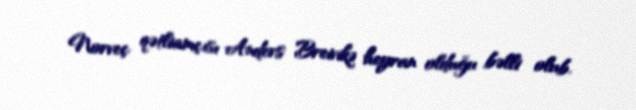
Norveç qətliamçısı Anders Breivikə heyran olduğu bəlli olub.